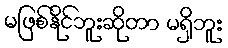
မဖြစ်နိုင်ဘူးဆိုတာ မရှိဘူး